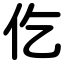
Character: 仡